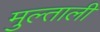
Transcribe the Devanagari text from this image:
मुल्ताली